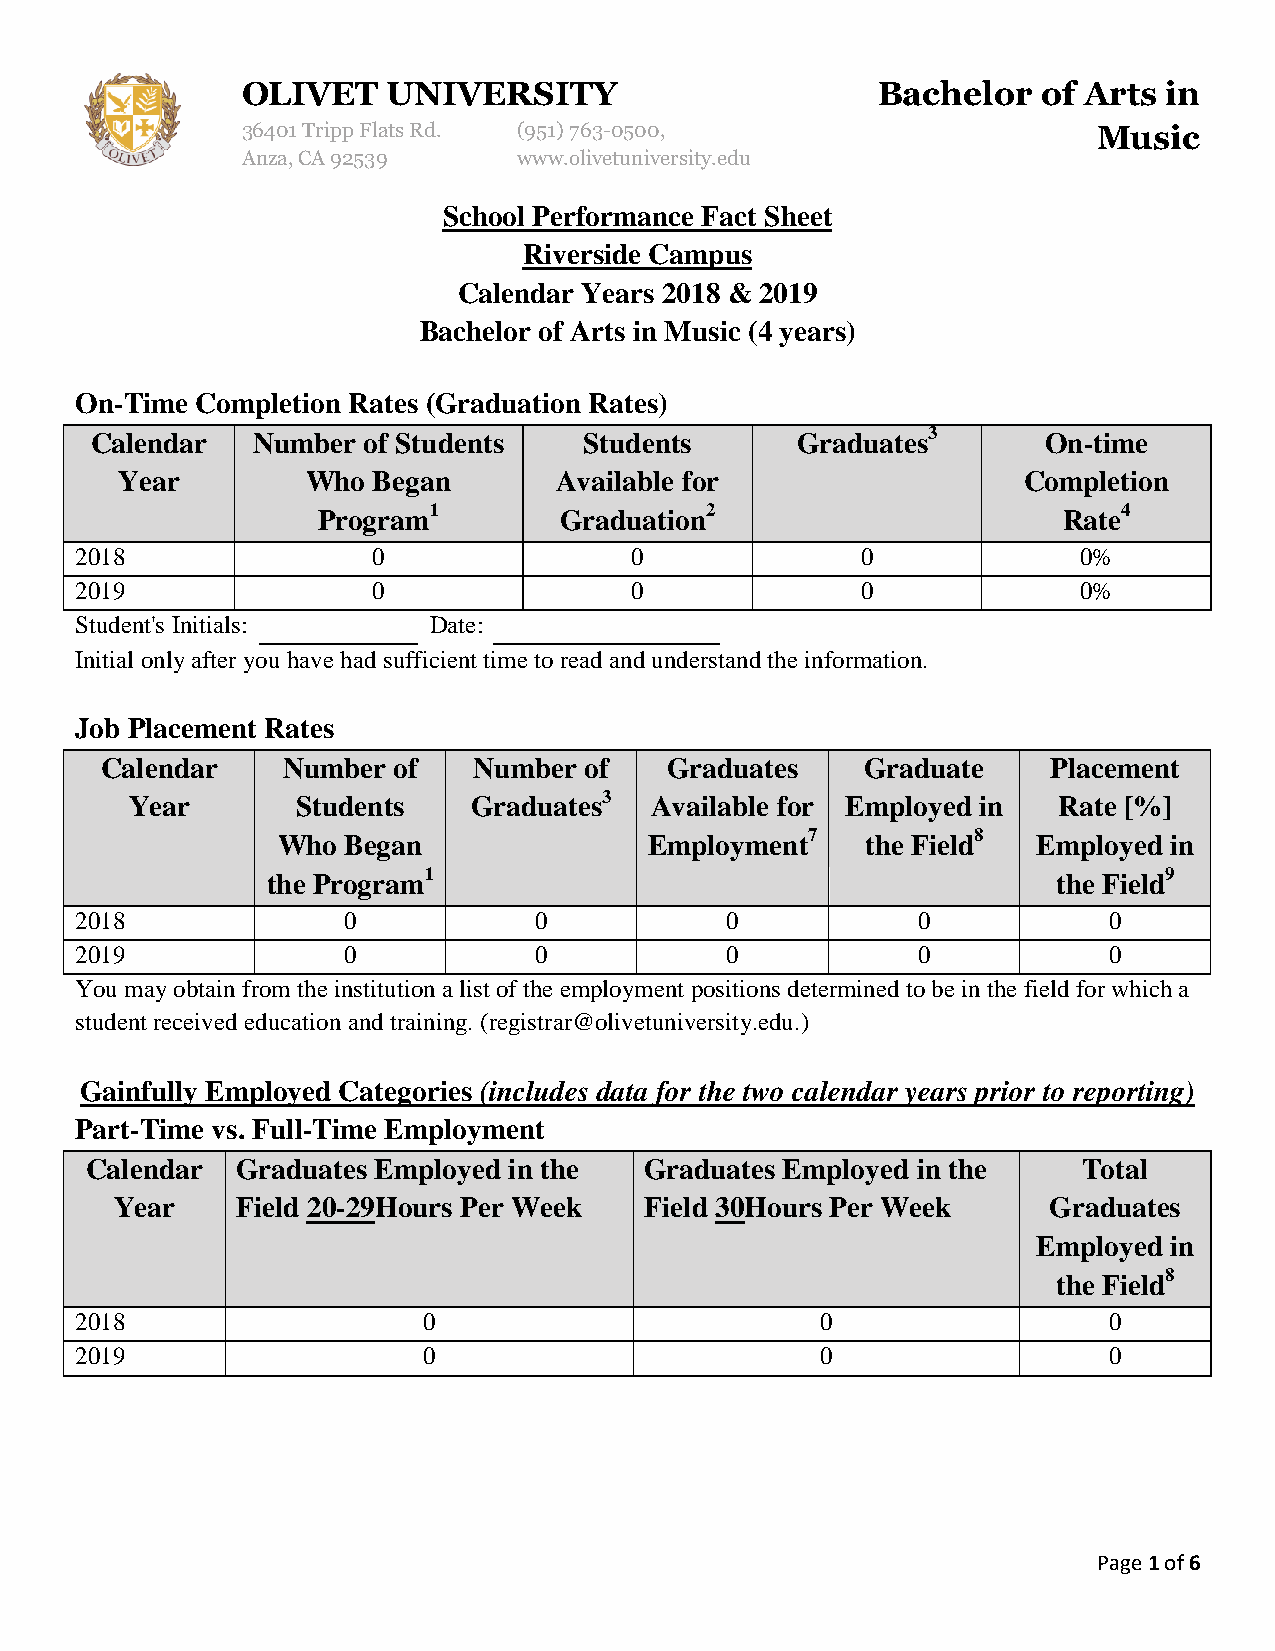
OLIVET    UNIVERSITY                      Bachelor   of Arts in
 36401 Tripp Flats Rd. (951) 763-0500,                    Music
 Anza, CA 92539    www.olivetuniversity.edu
 School Performance Fact Sheet
 Riverside Campus
 Calendar Years 2018 & 2019
 Bachelor of Arts in Music (4 years)
 On-Time Completion Rates (Graduation Rates)
 Calendar   Number of Students    Students      Graduates3      On-time
 Year        Who  Began       Available for                  Completion
 Program1        Graduation2                      Rate4
 2018                0                0              0              0%
 2019                0                0              0              0%
 Student's Initials:    Date:
 Initial only after you have had sufficient time to read and understand the information.
 Job Placement Rates
 Calendar    Number of   Number  of   Graduates    Graduate     Placement
 Year       Students   Graduates3  Available for Employed in  Rate [%]
 Who  Began               Employment7   the Field8  Employed in
 the Program1                                        the Field9
 2018              0           0            0            0           0
 2019              0           0            0            0           0
 You may obtain from the institution a list of the employment positions determined to be in the field for which a
 student received education and training. (registrar@olivetuniversity.edu.)
 Gainfully Employed Categories (includes data for the two calendar years prior to reporting)
 Part-Time vs. Full-Time Employment
 Calendar  Graduates Employed in the  Graduates Employed in the    Total
 Year    Field 20-29Hours Per Week  Field 30Hours Per Week    Graduates
 Employed in
 the Field8
 2018                   0                         0                  0
 2019                   0                         0                  0
 Page 1 of 6